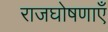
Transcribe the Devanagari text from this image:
राजघोषणाएँ